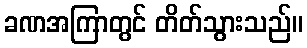
ခဏအကြာတွင် တိတ်သွားသည်။